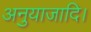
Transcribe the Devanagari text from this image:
अनुयाजादि।